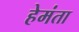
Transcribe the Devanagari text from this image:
हेमंता